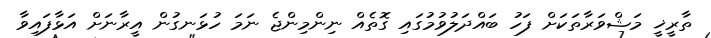
ތާރީޚީ މަޝްވަރާތަކަށް ފަހު ބައްދަލުވުމުގައި ގޮތެއް ނިންމިންޖެ ނަމަ ހުޅަނގުން އީރާނަށް އަޅާފައިވާ